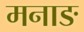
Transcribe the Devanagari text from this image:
मनाङ